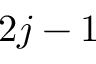
2 j - 1